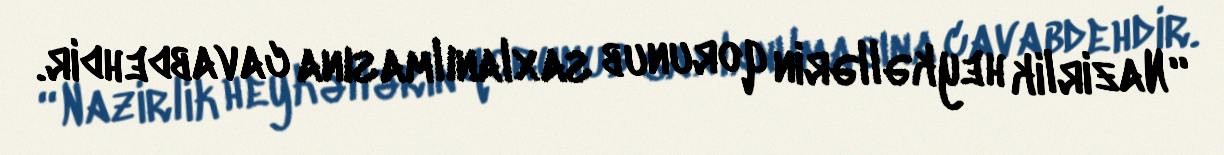
“Nazirlik heykəllərin qorunub saxlanılmasına cavabdehdir.